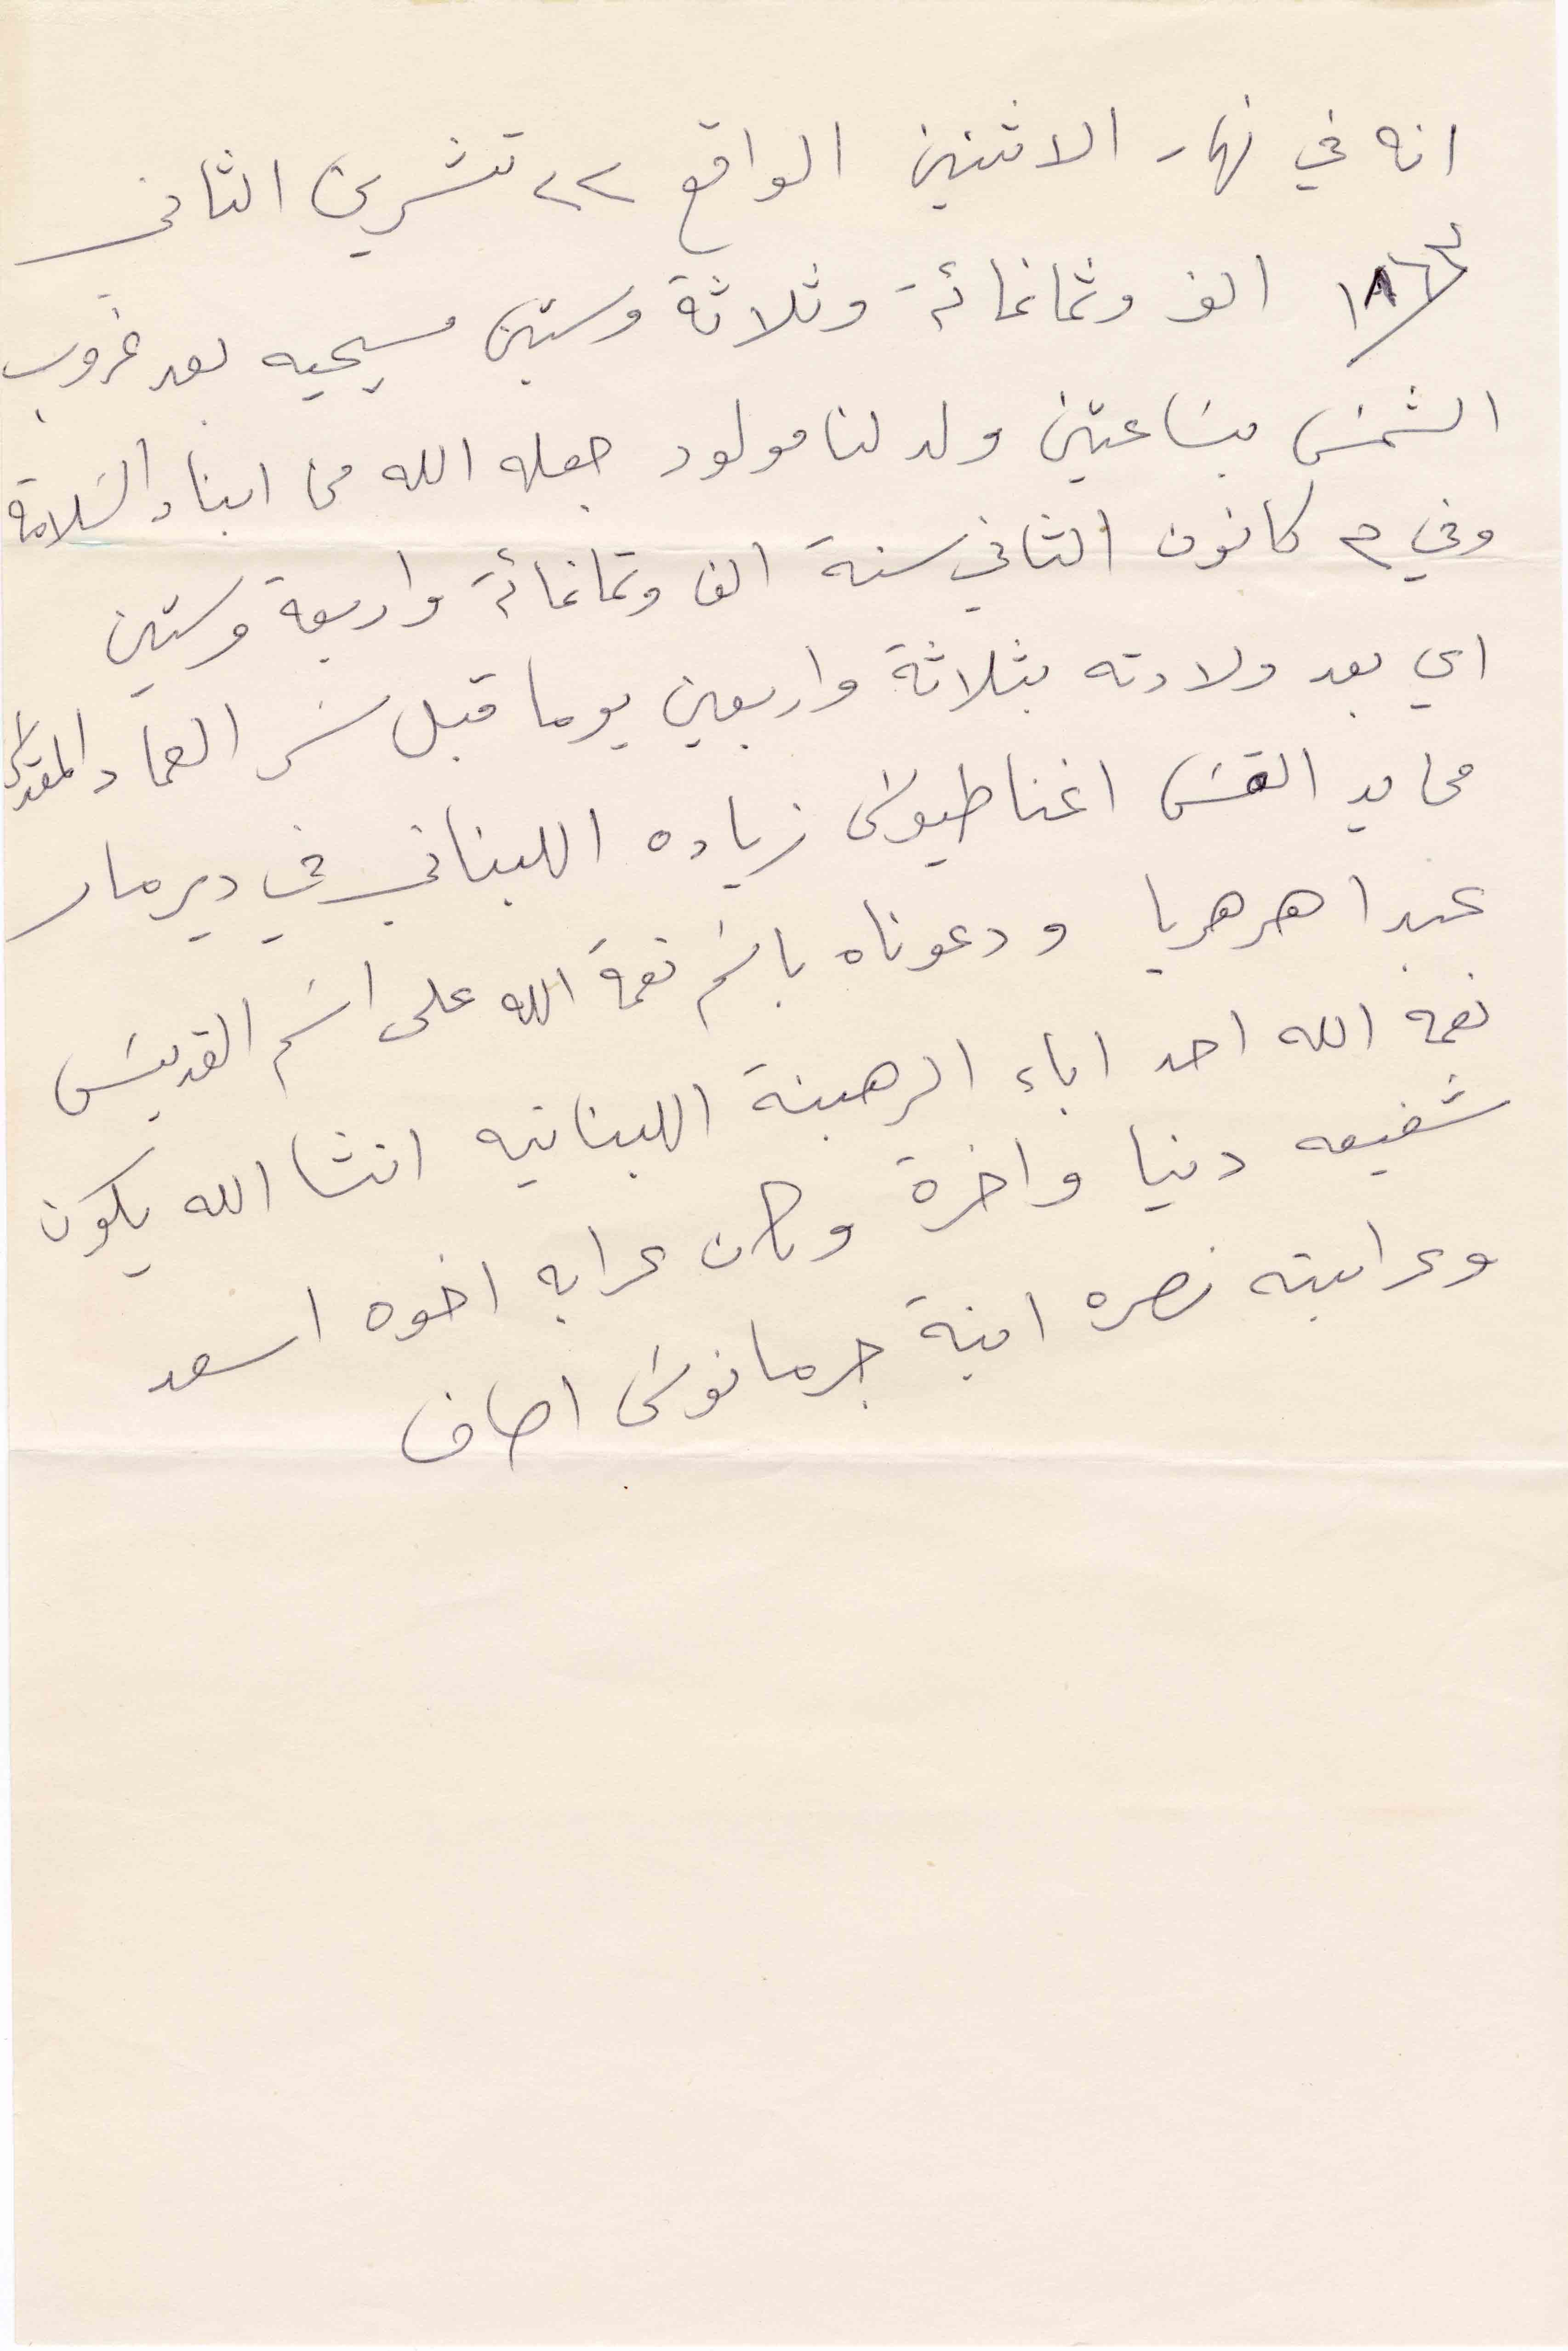
انه في نهار الاثنين الواقع ٢٢ تشرين الثاني
١٨٦٣ الف وثمانمائة وثلاثة وستين مسيحيه بعد غروب
الشمس بساعتين ولد لنا مولود جعله الله من ابناء السلامة
وفي ٣ كانون الثاني سنة الف وتمانمائة واربعة وستين
اي بعد ولادته بثلاثة واربعين يوما قبل سر العماد المقدس
من يد القس اغناطيوس زيادة اللبناني في دير مار
عبدا هرهريا ودعوناه باسم نعمة الله على اسم القديس
نعمة الله احد اباء الرهبنة اللبنانية انشاالله يكون
شفيعه دنيا واخرة وكان عرابه اخوه اسعد
وعرابته نصره ابنة جرمانوس اصاف